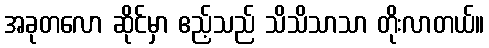
အခုတလော ဆိုင်မှာ ဧည့်သည် သိသိသာသာ တိုးလာတယ်။